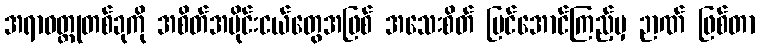
အရာဝတ္ထုတစ်ခုကို အစိတ်အပိုင်းငယ်တွေအဖြစ် အသေးစိတ် မြင်အောင်ကြည့်မှ ဉာဏ် ဖြစ်တာ